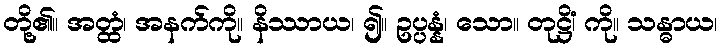
တို့၏။ အတ္ထံ၊ အနက်ကို။ နိဿာယ၊ ၍။ ဥပ္ပန္နံ၊ သော။ တုဋ္ဌိံ၊ ကို။ သန္ဓာယ၊